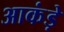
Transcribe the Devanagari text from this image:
आकंड़े